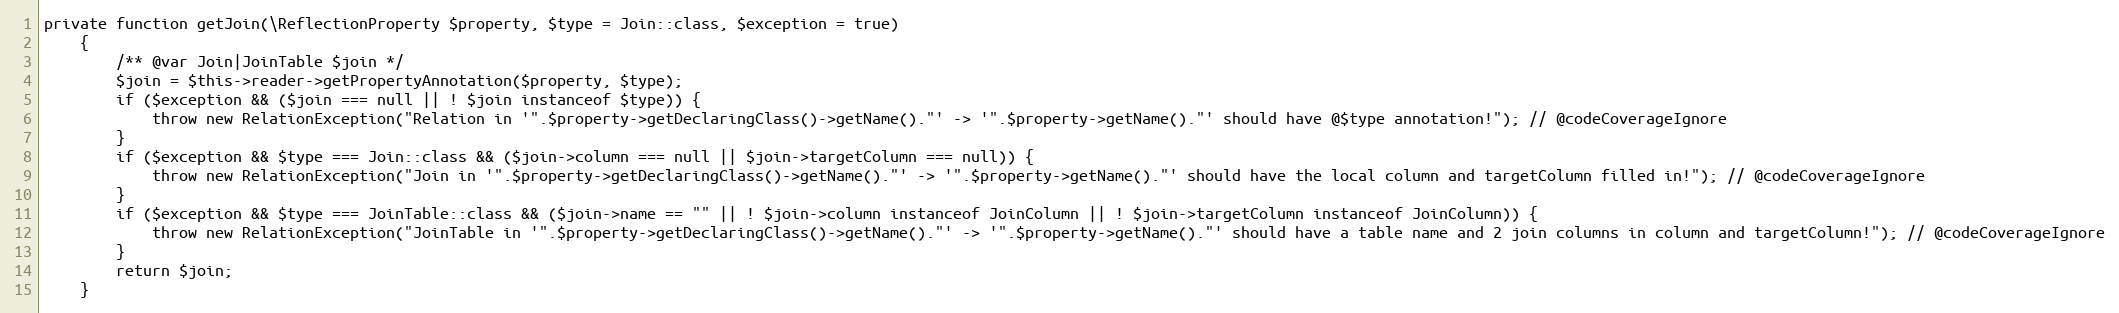
Language: PHP
private function getJoin(\ReflectionProperty $property, $type = Join::class, $exception = true)
    {
        /** @var Join|JoinTable $join */
        $join = $this->reader->getPropertyAnnotation($property, $type);
        if ($exception && ($join === null || ! $join instanceof $type)) {
            throw new RelationException("Relation in '".$property->getDeclaringClass()->getName()."' -> '".$property->getName()."' should have @$type annotation!"); // @codeCoverageIgnore
        }
        if ($exception && $type === Join::class && ($join->column === null || $join->targetColumn === null)) {
            throw new RelationException("Join in '".$property->getDeclaringClass()->getName()."' -> '".$property->getName()."' should have the local column and targetColumn filled in!"); // @codeCoverageIgnore
        }
        if ($exception && $type === JoinTable::class && ($join->name == "" || ! $join->column instanceof JoinColumn || ! $join->targetColumn instanceof JoinColumn)) {
            throw new RelationException("JoinTable in '".$property->getDeclaringClass()->getName()."' -> '".$property->getName()."' should have a table name and 2 join columns in column and targetColumn!"); // @codeCoverageIgnore
        }
        return $join;
    }